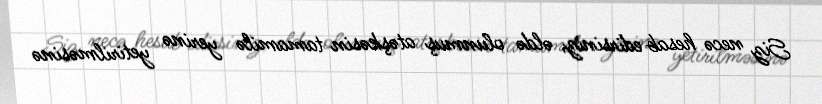
Siz necə hesab edirsiniz, əldə olunmuş atəşkəsin tamamilə yerinə yetirilməsinə